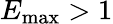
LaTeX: E_{\operatorname*{max}}>1